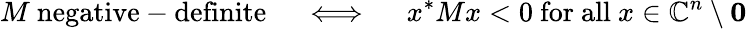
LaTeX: M{\mathrm{~negative-definite}}\quad\iff\quad x^{*}Mx<0{\mathrm{~for~all~}}x\in\mathbb{C}^{n}\setminus\mathbf{0}